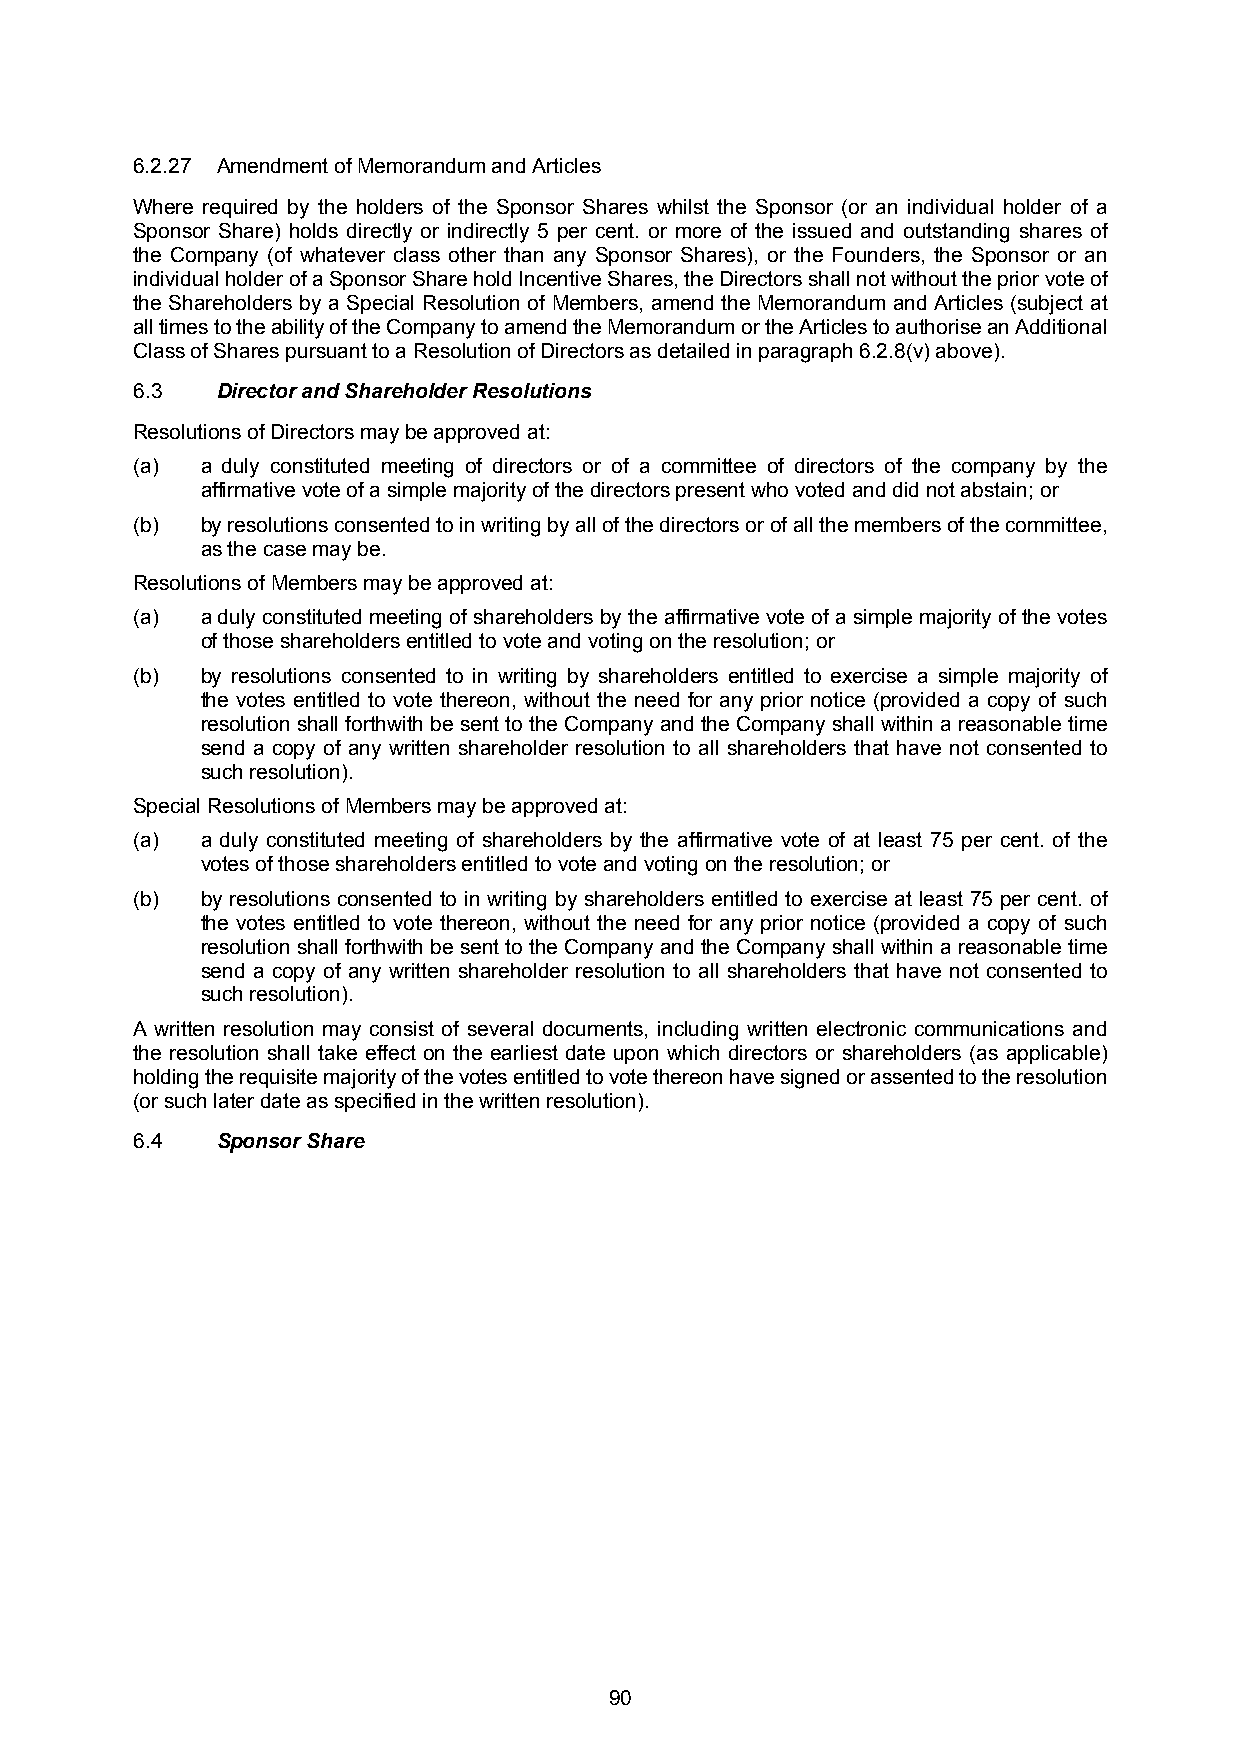
6.2.27 Amendment of Memorandum and Articles
 Where required by the holders of the Sponsor Shares whilst the Sponsor (or an individual holder of a
 Sponsor Share) holds directly or indirectly 5 per cent. or more of the issued and outstanding shares of
 the Company (of whatever class other than any Sponsor Shares), or the Founders, the Sponsor or an
 individualholderofaSponsorShareholdIncentiveShares,theDirectorsshallnotwithoutthepriorvoteof
 the Shareholders by a Special Resolution of Members, amend the Memorandum and Articles (subject at
 alltimestotheabilityoftheCompanytoamendtheMemorandumortheArticlestoauthoriseanAdditional
 Class of Shares pursuant to a Resolution of Directors as detailed in paragraph 6.2.8(v) above).
 6.3  Director and Shareholder Resolutions
 Resolutions of Directors may be approved at:
 (a) a duly constituted meeting of directors or of a committee of directors of the company by the
 affirmative vote of a simple majority of the directors present who voted and did not abstain; or
 (b) byresolutionsconsentedtoinwritingbyallofthedirectorsorofallthemembersofthecommittee,
 as the case may be.
 Resolutions of Members may be approved at:
 (a) adulyconstituted meeting ofshareholders bytheaffirmative voteofasimplemajority ofthevotes
 of those shareholders entitled to vote and voting on the resolution; or
 (b) by resolutions consented to in writing by shareholders entitled to exercise a simple majority of
 the votes entitled to vote thereon, without the need for any prior notice (provided a copy of such
 resolution shallforthwith besenttotheCompanyandtheCompanyshallwithin areasonable time
 send a copy of any written shareholder resolution to all shareholders that have not consented to
 such resolution).
 Special Resolutions of Members may be approved at:
 (a) a duly constituted meeting of shareholders by the affirmative vote of at least 75 per cent. of the
 votes of those shareholders entitled to vote and voting on the resolution; or
 (b) by resolutions consented to in writing by shareholders entitled to exercise at least 75 per cent. of
 the votes entitled to vote thereon, without the need for any prior notice (provided a copy of such
 resolution shallforthwith besenttotheCompanyandtheCompanyshallwithin areasonable time
 send a copy of any written shareholder resolution to all shareholders that have not consented to
 such resolution).
 A written resolution may consist of several documents, including written electronic communications and
 the resolution shall take effect on the earliest date upon which directors or shareholders (as applicable)
 holdingtherequisitemajorityofthevotesentitledtovotethereonhavesignedorassentedtotheresolution
 (or such later date as specified in the written resolution).
 6.4  Sponsor Share
 90